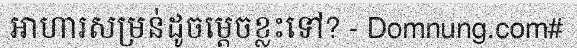
អាហារសម្រន់ដូចម្តេចខ្លះទៅ? - Domnung.com#